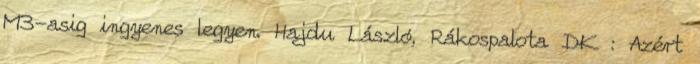
M3-asig ingyenes legyen. Hajdu László, Rákospalota DK : Azért